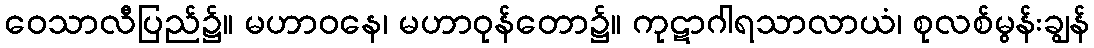
ဝေသာလီပြည်၌။ မဟာဝနေ၊ မဟာဝုန်တော၌။ ကုဋာဂါရသာလာယံ၊ စုလစ်မွန်းချွန်